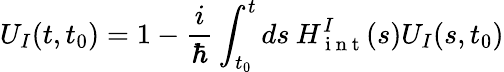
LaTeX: U_{I}(t,t_{0})=1-\frac{i}{\hbar}\int_{t_{0}}^{t}ds\: H_{\mathrm{~i~n~t~}}^{I}(s)U_{I}(s,t_{0})